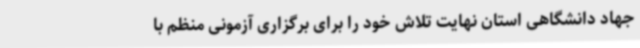
جهاد دانشگاهی استان نهایت تلاش خود را برای برگزاری آزمونی منظم با